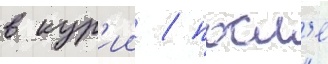
в кур'ии / посл'е